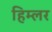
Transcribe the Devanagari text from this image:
हिम्लर